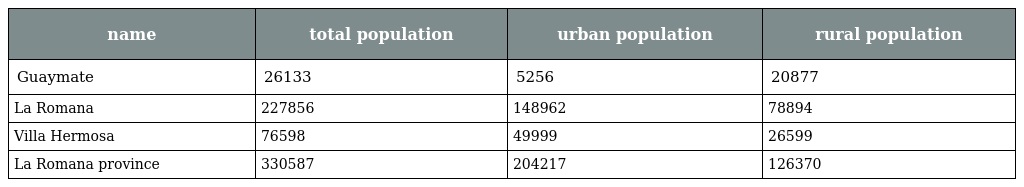
| name | total population | urban population | rural population |
 | --- | --- | --- | --- |
 | Guaymate | 26133 | 5256 | 20877 |
 | La Romana | 227856 | 148962 | 78894 |
 | Villa Hermosa | 76598 | 49999 | 26599 |
 | La Romana province | 330587 | 204217 | 126370 |